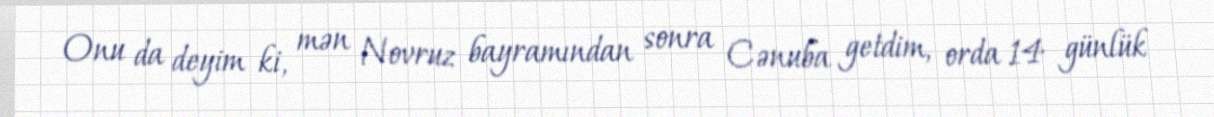
Onu da deyim ki, mən Novruz bayramından sonra Cənuba getdim, orda 14 günlük